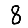
Digit: 8